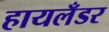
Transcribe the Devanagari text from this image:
हायलँडर